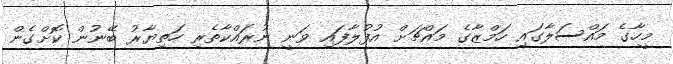
މީހާގެ މައްސަލާގައި ހަމްޒާގެ މައްޗަށް އުފުލާފައި ވަނީ ނުރައްކާތެރި ހަތިޔާރު ބޭނުން ކޮށްގެން